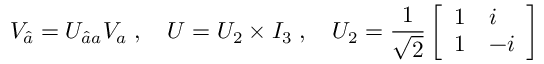
V _ { \hat { a } } = U _ { \hat { a } a } V _ { a } \; , \quad U = U _ { 2 } \times I _ { 3 } \; , \quad U _ { 2 } = { \frac { 1 } { \sqrt 2 } } \left[ \begin{array} { l l } { { 1 } } & { { i } } \\ { { 1 } } & { { - i } } \end{array} \right]